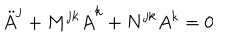
\ddot { A } ^ { j } + M ^ { j k } \dot { A } ^ { k } + N ^ { j k } A ^ { k } = 0